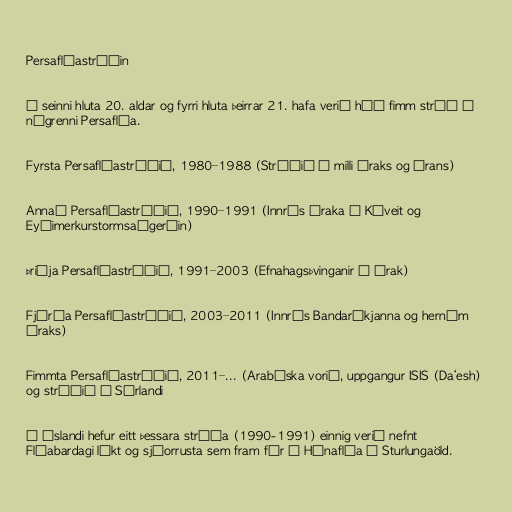
Persaflóastríðin

Á seinni hluta 20. aldar og fyrri hluta þeirrar 21. hafa verið háð fimm stríð í
nágrenni Persaflóa.

Fyrsta Persaflóastríðið, 1980–1988 (Stríðið á milli Íraks og Írans)

Annað Persaflóastríðið, 1990–1991 (Innrás Íraka í Kúveit og
Eyðimerkurstormsaðgerðin)

Þriðja Persaflóastríðið, 1991–2003 (Efnahagsþvinganir á Írak)

Fjórða Persaflóastríðið, 2003–2011 (Innrás Bandaríkjanna og hernám
Íraks)

Fimmta Persaflóastríðið, 2011–... (Arabíska vorið, uppgangur ISIS (Da‘esh)
og stríðið í Sýrlandi

Á Íslandi hefur eitt þessara stríða (1990-1991) einnig verið nefnt
Flóabardagi líkt og sjóorrusta sem fram fór á Húnaflóa á Sturlungaöld.